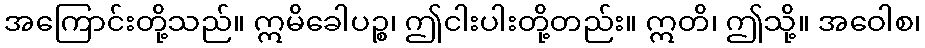
အကြောင်းတို့သည်။ ဣမိခေါပဉ္စ၊ ဤငါးပါးတို့တည်း။ ဣတိ၊ ဤသို့။ အဝေါစ၊